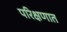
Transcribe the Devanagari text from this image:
परिक्षणात